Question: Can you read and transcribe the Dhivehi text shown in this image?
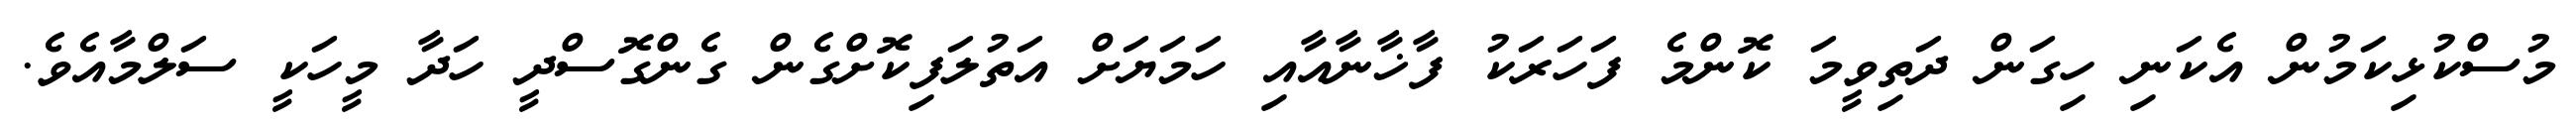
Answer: މުސްކުޅިކަމުން އެކަނި ހިގަން ދަތިވީމަ ކޮންމެ ފަހަރަކު ފާޚާނާއާއި ހަމަޔަށް އަތުލަފިކޮށްގެން ގެންގޮސްދީ ހަދާ މީހަކީ ސަލްމާއެވެ.